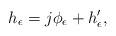
LaTeX: \begin{align*}h_{\epsilon}=j\phi_{\epsilon}+h_{\epsilon}',\end{align*}